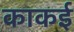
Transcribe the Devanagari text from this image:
काकई